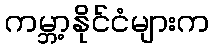
ကမ္ဘာ့နိုင်ငံများက